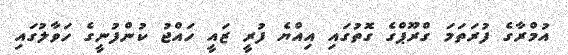
އުމްރާގެ ފުރަތަަމަ ގްރޫޕްގެ ގޮތުގައި އިއްޔެ ފުރީ ޒައީ ހައްޖު ކުންފުނީގެ ހަވާލުގައި